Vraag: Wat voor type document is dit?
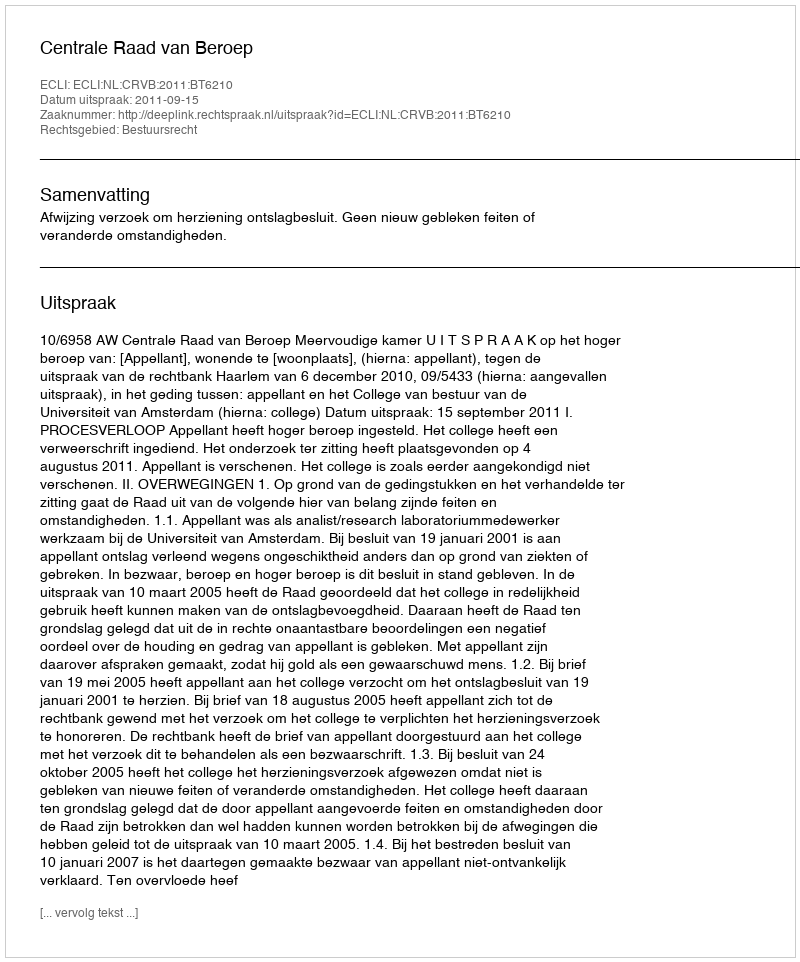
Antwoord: Uitspraak